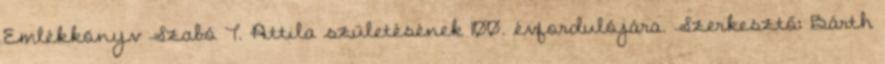
Emlékkönyv Szabó T. Attila születésének 100. évfordulójára. Szerkesztő: Bárth